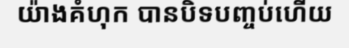
យ៉ាងគំហុក បានបិទបញ្ចប់ហើយ